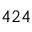
4 2 4